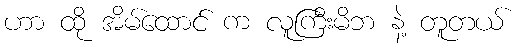
ဟာ ထို အိမ်ထောင် က လူကြီးမိဘ နဲ့ တူတယ်